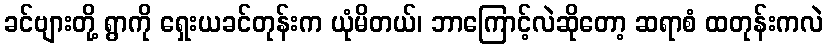
ခင်ဗျားတို့ ရွာကို ရှေးယခင်တုန်းက ယုံမိတယ်၊ ဘာကြောင့်လဲဆိုတော့ ဆရာစံ ထတုန်းကလဲ